Calcutta medical institutions reports 1871-78
Year: 1871
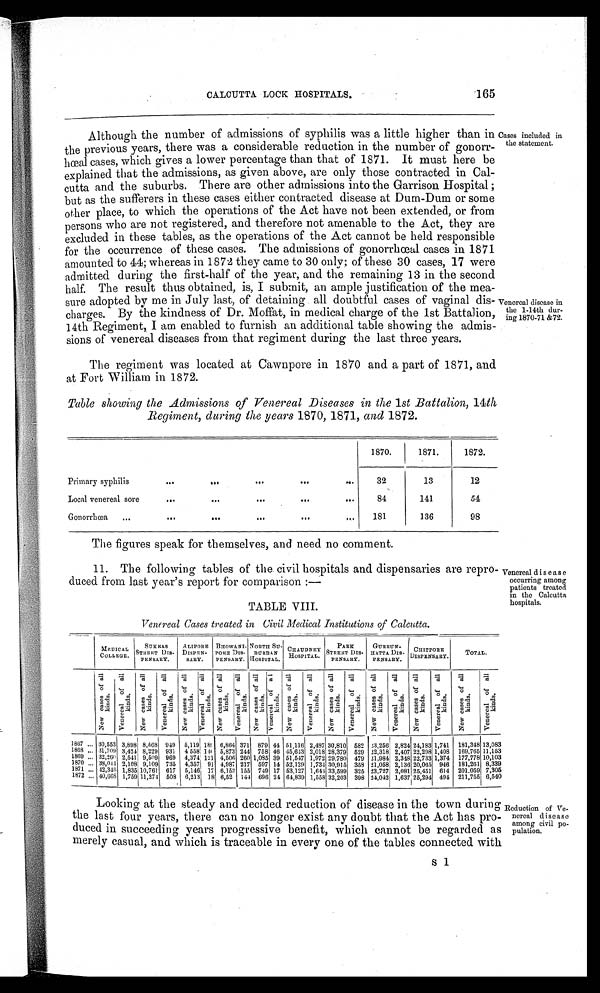
CALCUTTA LOCK HOSPITALS.
165
Although the number of admissions of syphilis was a little higher than in Cases included in
the previous years, there was a considerable reduction in the number of gonorr- the statement.
heal cases, which gives a lower percentage than that of 1871. It must here be
explained that the admissions, as given above, are only those contracted in Cal-
cutta and the suburbs. There are other admissions into the Garrison Hospital;
but as the sufferers in these cases either contracted disease at Dum-Dum or some
other place, to which the operations of the Act have not been extended, or from
persons who are not registered, and therefore not amenable to the Act, they are
excluded in these tables, as the operations of the Act cannot be held responsible
for the occurrence of these cases. The admissions of gonorrheal cases in 1871
amounted to 44; whereas in 1872 they came to 30 only; of these 30 cases, 17 were
admitted during the first-half of the year, and the remaining 13 in the second
half. The result thus obtained, is, I submit, an ample justification of the mea-
sure adopted by me in July last, of detaining all doubtful cases of vaginal dis- venereal disease in
charges. By the kindness of Dr. Moffat, in medical charge of the 1st Battalion, 1 1
.1 I. i s ilot 7i
14th Regiment, I am enabled to furnish an additional table showing the admis-
sions of venereal diseases from that regiment during the last three years.
The regiment was located at Cawnpore in 1870 and a part of 1871, and
at Fort William in 1872.
Table showing the Admissions of Venereal Diseases in the 1st Battalion, 14th
Regiment, during the years 1870, 1871, and 1872.
1870.
1871.
1872.
Primary syphilis
•••
Oa.
O.*
O.
Pe.
32
13
12
Local venereal sore
•••
.••
•••
•.•
•..
84
141
54
Gonorrhoea
...
...
...
alb
•I0
,.,
181
136
98
The figures speak for themselves, and need no comment.
11. The following tables of the civil hospitals and dispensaries are repro- Venereal disease
duced from last year's report for comparison :-
occurring among
patients treated
in the Calcutta
TABLE VIII.
ilusin MID.
Venereal Cases treated in Civil Medical Institutions of Calcutta.
- -
MEDICA.L
C OLLEGE.
SUK RAS
STREET Dts-
PENSARY.
A LIP011it
DisPEN-
SART.
Brtowetii- NORTH
PORE Dts-
PENSARY.
SIT-
DURB AN
HOSPITAL.
CEY HATIDN
HOSPITAL.
PARK
STREET DIS-
PENSARY.
GURRUN-
ILITTA. Dn. ,,
PENSARY.
CIIITPO
uTSPENSARY
RR
.
TOTAL.
cd
0
,i, , A
al
,,
A
;,
u,
.5
7
1E4'
;
co.
0
a, .5
, , , ) -p.
, , . .
-
f .
c„
7,
, o .5
.
=
;
;,.,
0
.8
of
rg
.. ,-
'4
;
.5
-g,
3
F2
-
5,
o .
a, .,
24 -2
''
c%
-
'
0 u5
1:1 4.
.
I=i-'
7,
4.,
0
,...,
a, .3
r5, , 1
ET,
... ..
'4'
7,'°
vi;
'5.
73 .F, .
0
>
-
-g
5-n°a
, .i;
,T.1
g :Ei
c,
. T4
,....°
u;
.-5.
i',J
3
' ' 3
.-;.
,..
o
a, u;
v5s.
L"
'e -
4
4..°
.;
,3
IA
.
.=;,'
,
0
a) .5
.iirg
g :14
,)
t •....°
.5 -1
lA
3
Pt
G
,.. .,
"3 ri;
, $,)1
t,';' ;
,)
7::,
,,...°
4
,_, ,s
g A
i.
,....
0
. 6;
a; 1
8 . ...
?... .
TS
4(5, (Z
-"A
ct.r4
r- Y)
1867 .., 30,553 3,898 8,568 949 5,119 18! 6,864 371 8791 44 51,116 2,487 30,810 58', 43,256 2,824 24,183 1,741 181,348 13,083
1 888 ... 31,709 3, 424 8,229 931 4 558 14( 5,873 244 758 46 45, 643 2,018 28,379 529 32,318 2,407 22,298 1,408 169,765 11,153
1869 ... 32 ,260 2 ,541 9,509 969 4,374', 121 4,506 260 1,085 39 51,547 1 ,972 29,780 479 31,984 2,348 22,733 1,374 177,778 10,103
1870 ... :38,044 2,108 9,109 735
91 4,987 217 597 14 52-,129 1,734
359
946 181,261 8,339
1871 „, 42,346 1,835 10,761 617
4,3571
5,146 17 6,153 155 749 17 53,127 1,611
30,91
33,599 325
21,058
23,727
2,136
2,081
20,065
25,451 614 201.059 7,305
1872 ... 10,068 1,759 11,274 508 6,213 18 6,52 144 696 24 64,839 1,558 32,203 398 24,042 1,637 25,294 494 211,755 6,540
Looking at the steady and decided reduction of disease in the town during Reduction
of V0.
the last four years, there can no longer exist any doubt that the Act has pro- n am ereal e div i y a soe
duced in succeeding years progressive benefit, which cannot be regarded as puloan tig on. P
merely casual, and which is traceable in every one of the tables connected with
S 1